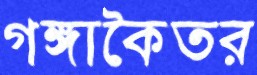
গঙ্গাকৈতর